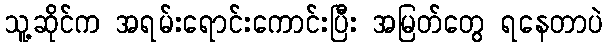
သူ့ဆိုင်က အရမ်းရောင်းကောင်းပြီး အမြတ်တွေ ရနေတာပဲ